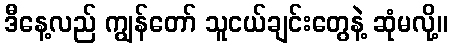
ဒီနေ့လည် ကျွန်တော် သူငယ်ချင်းတွေနဲ့ ဆုံမလို့။